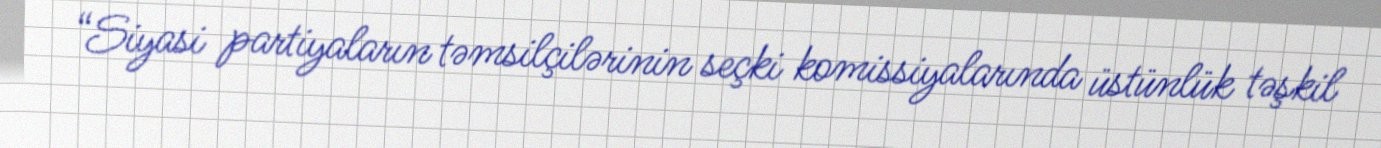
“Siyasi partiyaların təmsilçilərinin seçki komissiyalarında üstünlük təşkil